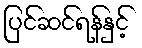
ပြင်ဆင်ရန်နှင့်